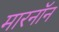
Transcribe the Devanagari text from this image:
मारनॉन